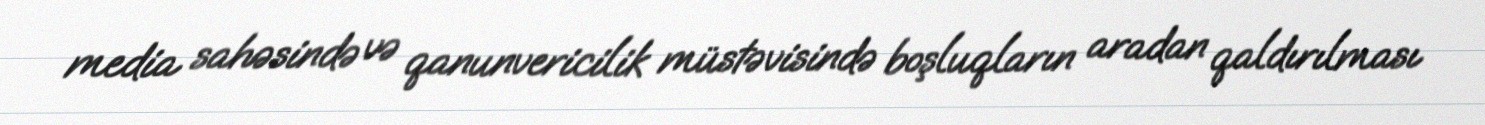
media sahəsində və qanunvericilik müstəvisində boşluqların aradan qaldırılması